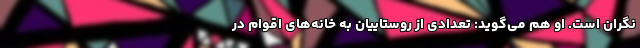
نگران است. او هم می‌گوید: تعدادی از روستاییان به خانه‌های اقوام در